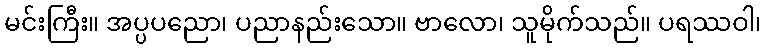
မင်းကြီး။ အပ္ပပညော၊ ပညာနည်းသော။ ဗာလော၊ သူမိုက်သည်။ ပရဿဝါ၊